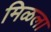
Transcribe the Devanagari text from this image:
मिळला